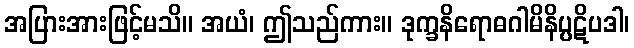
အပြားအားဖြင့်မသိ။ အယံ၊ ဤသည်ကား။ ဒုက္ခနိရောဓဂါမိနိပ္ပဋိပဒါ၊